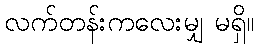
လက်တန်းကလေးမျှ မရှိ။